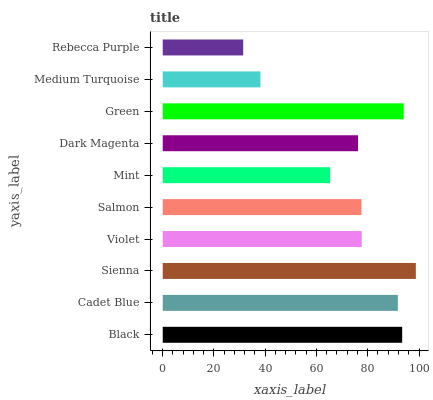
| yaxis_label | bars |
 | --- | --- |
 | Black | 93.4 |
 | Cadet Blue | 91.8 |
 | Sienna | 98.8 |
 | Violet | 77.6 |
 | Salmon | 77.6 |
 | Mint | 65.3 |
 | Dark Magenta | 76.2 |
 | Green | 94.1 |
 | Medium Turquoise | 38.1 |
 | Rebecca Purple | 31.4 |